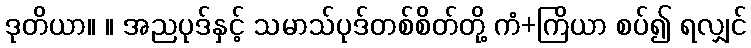
ဒုတိယာ။ ။ အညပုဒ်နှင့် သမာသ်ပုဒ်တစ်စိတ်တို့ ကံ+ကြိယာ စပ်၍ ရလျှင်